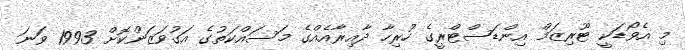
މި އެވޯޑަކީ ޓޫރިޒަމް އިންޑަސްޓްރީގެ ހުރިހާ ދާއިރާއެއްގެ މަސައްކަތުގެ އަގުވަޒަންކޮށް 1993 ވަނަ